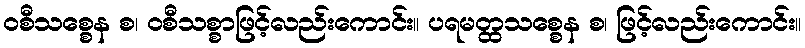
ဝစီသစ္စေန စ၊ ဝစီသစ္စာဖြင့်လည်းကောင်း။ ပရမတ္ထသစ္စေန စ၊ ဖြင့်လည်းကောင်း။